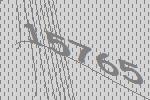
15765